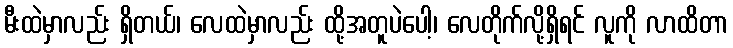
မီးထဲမှာလည်း ရှိတယ်၊ လေထဲမှာလည်း ထို့အတူပဲပေါ့၊ လေတိုက်လို့ရှိရင် လူကို လာထိတာ